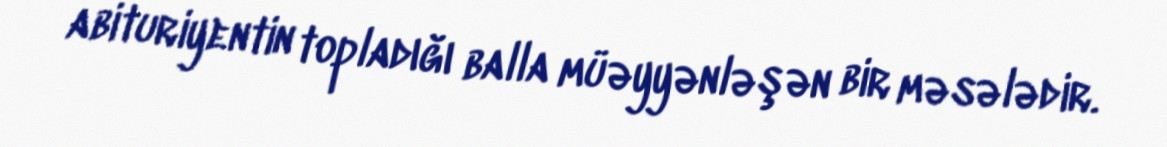
abituriyentin topladığı balla müəyyənləşən bir məsələdir.